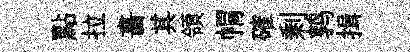
點拉畵其領㡌確剰鹑揖